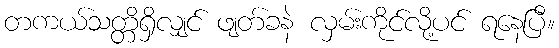
တကယ်သတ္တိရှိလျှင် ဖျတ်ခနဲ လှမ်းကိုင်လို့ပင် ရနေပြီ။